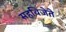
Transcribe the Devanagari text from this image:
सहविजेते